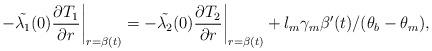
LaTeX: \begin{align*} -\Tilde{\lambda_1}(0)\dfrac{\partial T_1}{\partial r}\bigg|_{r=\beta(t)}=-\Tilde{\lambda_2}(0)\dfrac{\partial T_2}{\partial r}\bigg|_{r=\beta(t)}+l_m\gamma_m\beta'(t)/(\theta_b-\theta_m),\end{align*}